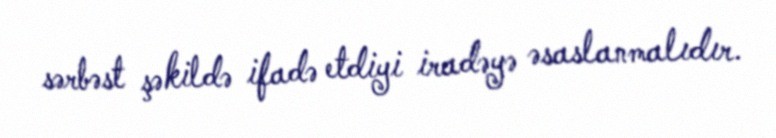
sərbəst şəkildə ifadə etdiyi iradəyə əsaslanmalıdır.